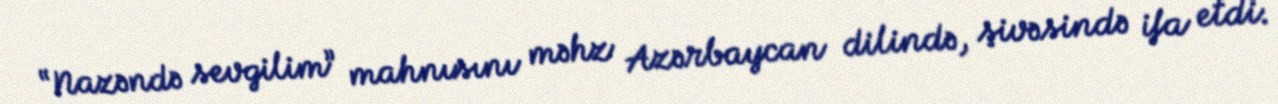
“Nazəndə sevgilim” mahnısını məhz Azərbaycan dilində, şivəsində ifa etdi.